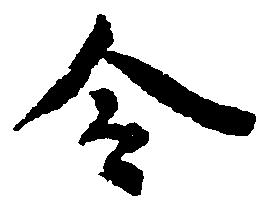
令